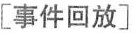
[事件回放]